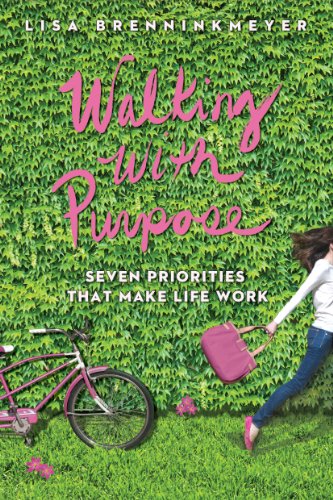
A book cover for Walking with Purpose: Seven Priorities That Make Life Work; Lisa Breninkmeyer; Christian Books & Bibles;